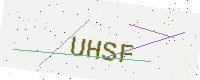
Text: UHSF